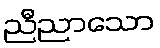
ညီညာသော